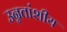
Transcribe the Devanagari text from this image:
उन्नतांशीय